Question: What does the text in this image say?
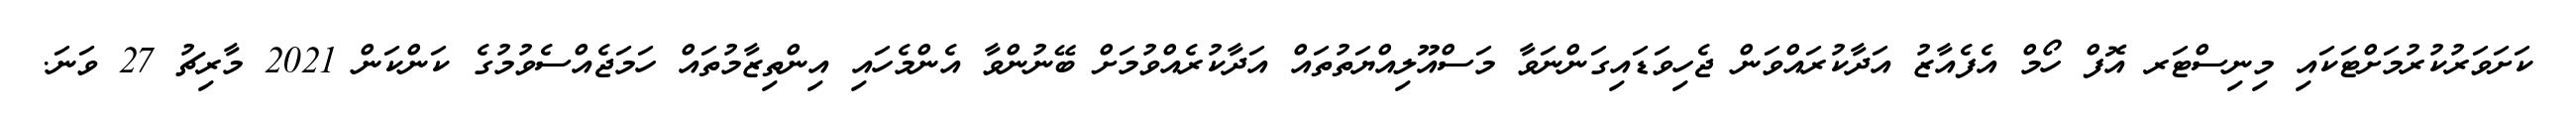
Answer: ކަށަވަރުކުރުމަށްޓަކައި މިނިސްޓަރ އޮފް ހޯމް އެފެއާޒު އަދާކުރައްވަން ޖެހިވަޑައިގަންނަވާ މަސްއޫލިއްޔަތުތައް އަދާކުރެއްވުމަށް ބޭނުންވާ އެންމެހައި އިންތިޒާމުތައް ހަމަޖެއްސެވުމުގެ ކަންކަން 2021 މާރިޗު 27 ވަނަ.